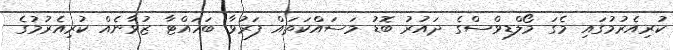
ކުރިއެރުމުގައި މެގަ މޯލްޑިވްސްގެ ދައުރު ބޮޑު މަސައްކަތައް ފަރުވާ ބަހައްޓާ ޒުވާނެއް ކުރިއެރުމުގެ